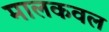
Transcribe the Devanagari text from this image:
मालकवल